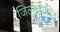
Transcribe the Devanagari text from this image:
जिल्हाप्रसिद्ध